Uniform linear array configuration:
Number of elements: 48
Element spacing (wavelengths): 0.5
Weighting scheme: hamming
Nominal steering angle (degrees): -60
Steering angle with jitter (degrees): -60.911
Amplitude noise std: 0.05
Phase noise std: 0.05

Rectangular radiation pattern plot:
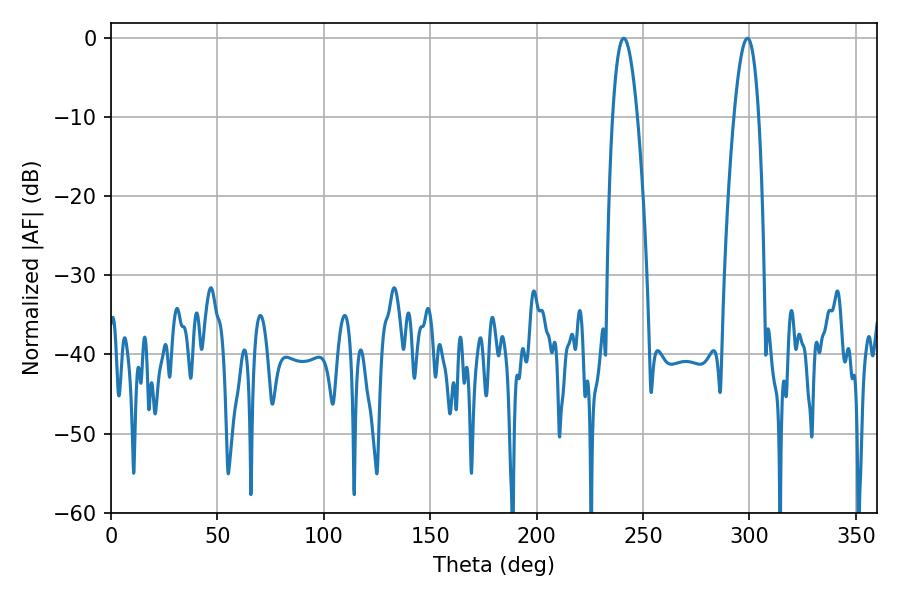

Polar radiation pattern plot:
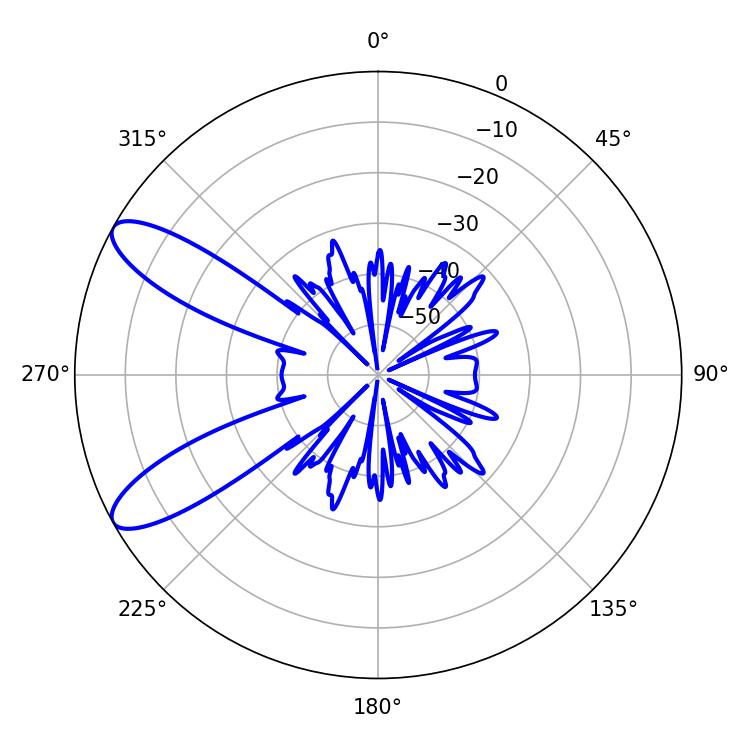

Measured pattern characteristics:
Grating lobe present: FALSE
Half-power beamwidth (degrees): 6.3
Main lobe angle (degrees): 298.98